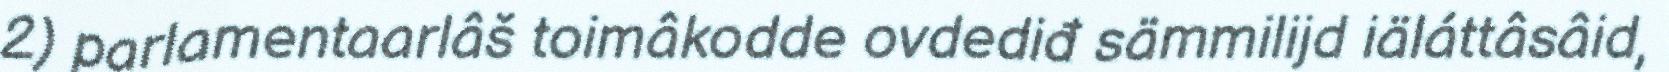
2) parlamentaarlâš toimâkodde ovdediđ sämmilijd iäláttâsâid,